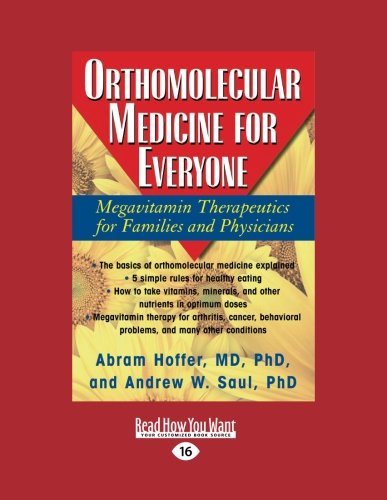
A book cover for Orthomolecular Medicine for Everyone: Megavitamin Therapeutics for Families and Physicians; Abram Hoffer; Health, Fitness & Dieting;